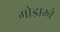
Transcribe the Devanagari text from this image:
गोडाम्बे